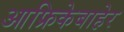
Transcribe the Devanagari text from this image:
आफ्रिकेबाहेर